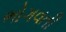
ભોગવતી